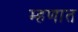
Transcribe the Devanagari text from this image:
म्हणात